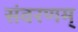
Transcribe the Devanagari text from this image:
संवरणम्